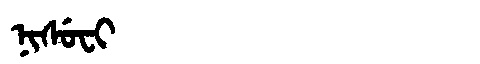
Manchu: ᠨᡳᠰᡠᠸᡳ
Romanization: NISUFI